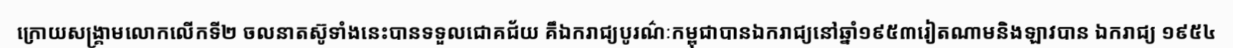
ក្រោយសង្គ្រាមលោកលើកទី២ ចលនាតស៊ូទាំងនេះបានទទួលជោគជ័យ គឹឯករាជ្យបូរណ៌ៈកម្ពុជាបានឯករាជ្យនៅឆ្នាំ១៩៥៣រៀតណាមនិងឡាវបាន ឯករាជ្យ ១៩៥៤